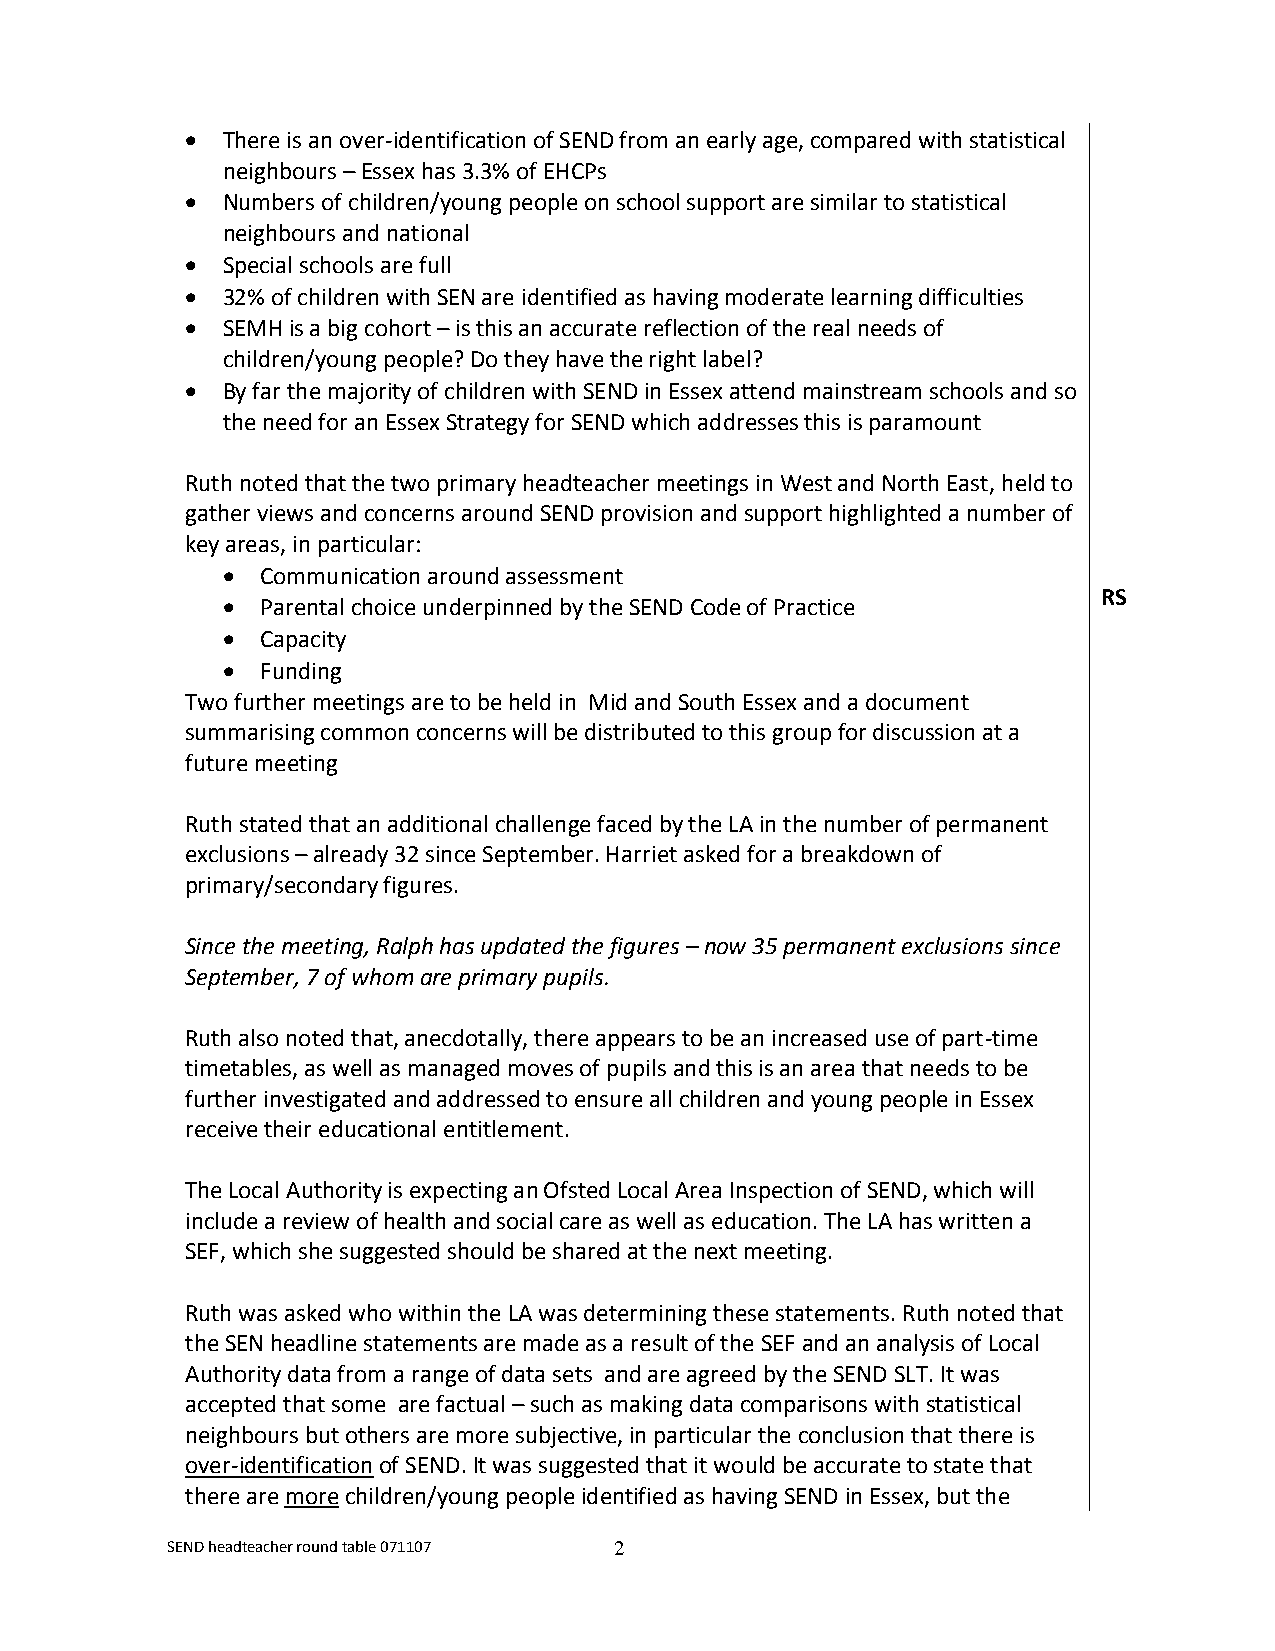
  There is an over-identification of SEND from an early age, compared with statistical
 neighbours – Essex has 3.3% of EHCPs
   Numbers of children/young people on school support are similar to statistical
 neighbours and national
   Special schools are full
   32% of children with SEN are identified as having moderate learning difficulties
   SEMH is a big cohort – is this an accurate reflection of the real needs of
 children/young people? Do they have the right label?
   By far the majority of children with SEND in Essex attend mainstream schools and so
 the need for an Essex Strategy for SEND which addresses this is paramount
 Ruth noted that the two primary headteacher meetings in West and North East, held to
 gather views and concerns around SEND provision and support highlighted a number of
 key areas, in particular:
  Communication around assessment
 RS
  Parental choice underpinned by the SEND Code of Practice
  Capacity
  Funding
 Two further meetings are to be held in Mid and South Essex and a document
 summarising common concerns will be distributed to this group for discussion at a
 future meeting
 Ruth stated that an additional challenge faced by the LA in the number of permanent
 exclusions – already 32 since September. Harriet asked for a breakdown of
 primary/secondary figures.
 Since the meeting, Ralph has updated the figures – now 35 permanent exclusions since
 September, 7 of whom are primary pupils.
 Ruth also noted that, anecdotally, there appears to be an increased use of part-time
 timetables, as well as managed moves of pupils and this is an area that needs to be
 further investigated and addressed to ensure all children and young people in Essex
 receive their educational entitlement.
 The Local Authority is expecting an Ofsted Local Area Inspection of SEND, which will
 include a review of health and social care as well as education. The LA has written a
 SEF, which she suggested should be shared at the next meeting.
 Ruth was asked who within the LA was determining these statements. Ruth noted that
 the SEN headline statements are made as a result of the SEF and an analysis of Local
 Authority data from a range of data sets and are agreed by the SEND SLT. It was
 accepted that some are factual – such as making data comparisons with statistical
 neighbours but others are more subjective, in particular the conclusion that there is
 over-identification of SEND. It was suggested that it would be accurate to state that
 there are more children/young people identified as having SEND in Essex, but the
 SEND headteacher round table 071107 2